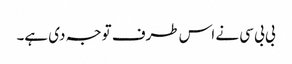
بی بی سی نے اس طرف توجہ دی ہے۔